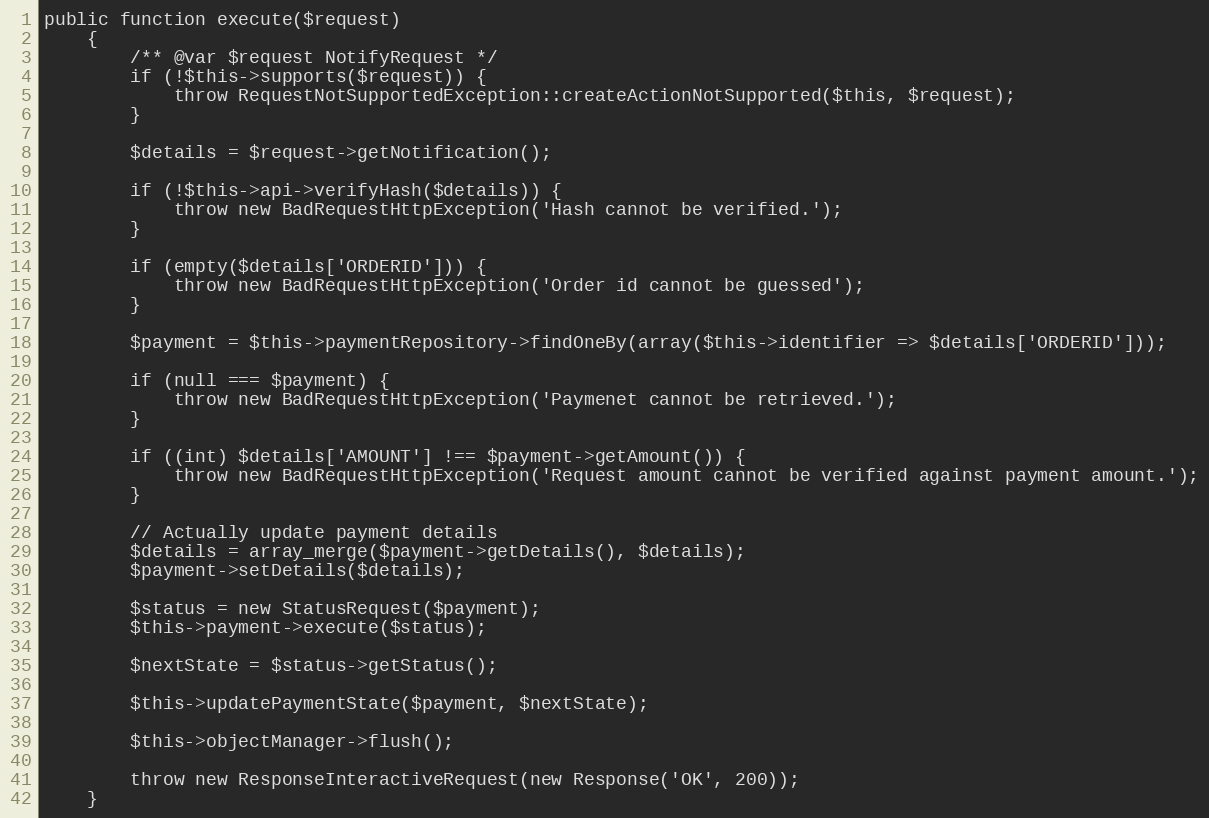
Language: PHP
public function execute($request)
    {
        /** @var $request NotifyRequest */
        if (!$this->supports($request)) {
            throw RequestNotSupportedException::createActionNotSupported($this, $request);
        }

        $details = $request->getNotification();

        if (!$this->api->verifyHash($details)) {
            throw new BadRequestHttpException('Hash cannot be verified.');
        }

        if (empty($details['ORDERID'])) {
            throw new BadRequestHttpException('Order id cannot be guessed');
        }

        $payment = $this->paymentRepository->findOneBy(array($this->identifier => $details['ORDERID']));

        if (null === $payment) {
            throw new BadRequestHttpException('Paymenet cannot be retrieved.');
        }

        if ((int) $details['AMOUNT'] !== $payment->getAmount()) {
            throw new BadRequestHttpException('Request amount cannot be verified against payment amount.');
        }

        // Actually update payment details
        $details = array_merge($payment->getDetails(), $details);
        $payment->setDetails($details);

        $status = new StatusRequest($payment);
        $this->payment->execute($status);

        $nextState = $status->getStatus();

        $this->updatePaymentState($payment, $nextState);

        $this->objectManager->flush();

        throw new ResponseInteractiveRequest(new Response('OK', 200));
    }